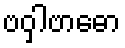
ဗဝှါဗာဓော